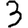
Digit: 3